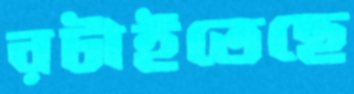
রটাইতেছে